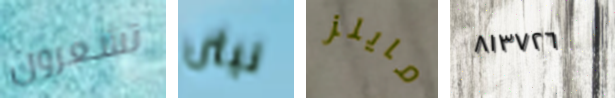
تشعرون نيثن مايلز ٨١٣٧٢٦